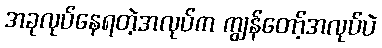
အခုလုပ်နေရတဲ့အလုပ်က ကျွန်တော့်အလုပ်ပဲ